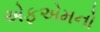
એફએમનો